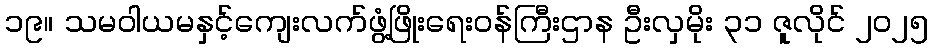
၁၉။ သမဝါယမနှင့်ကျေးလက်ဖွံ့ဖြိုးရေးဝန်ကြီးဌာန ဦးလှမိုး ၃၁ ဇူလိုင် ၂၀၂၅